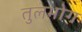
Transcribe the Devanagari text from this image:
तुलभोग